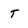
Character: T